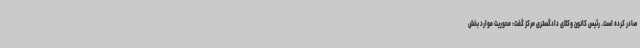
صادر کرده است. رئیس کانون وکلای دادگستری مرکز گفت: محوریت موارد بخش